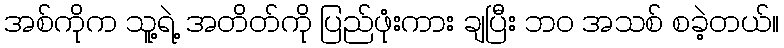
အစ်ကိုက သူ့ရဲ့ အတိတ်ကို ပြည်ဖုံးကား ချပြီး ဘဝ အသစ် စခဲ့တယ်။